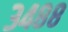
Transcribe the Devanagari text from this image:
३४८८